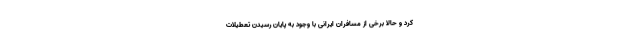
کرد و حالا برخی از مسافران ایرانی با وجود به پایان رسیدن تعطیلات